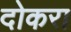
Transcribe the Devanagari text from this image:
दोकरा